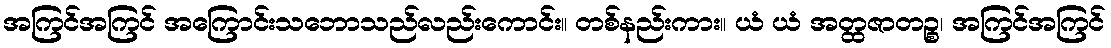
အကြင်အကြင် အကြောင်းသဘောသည်လည်းကောင်း။ တစ်နည်းကား။ ယံ ယံ အတ္ထဇာတဉ္စ၊ အကြင်အကြင်